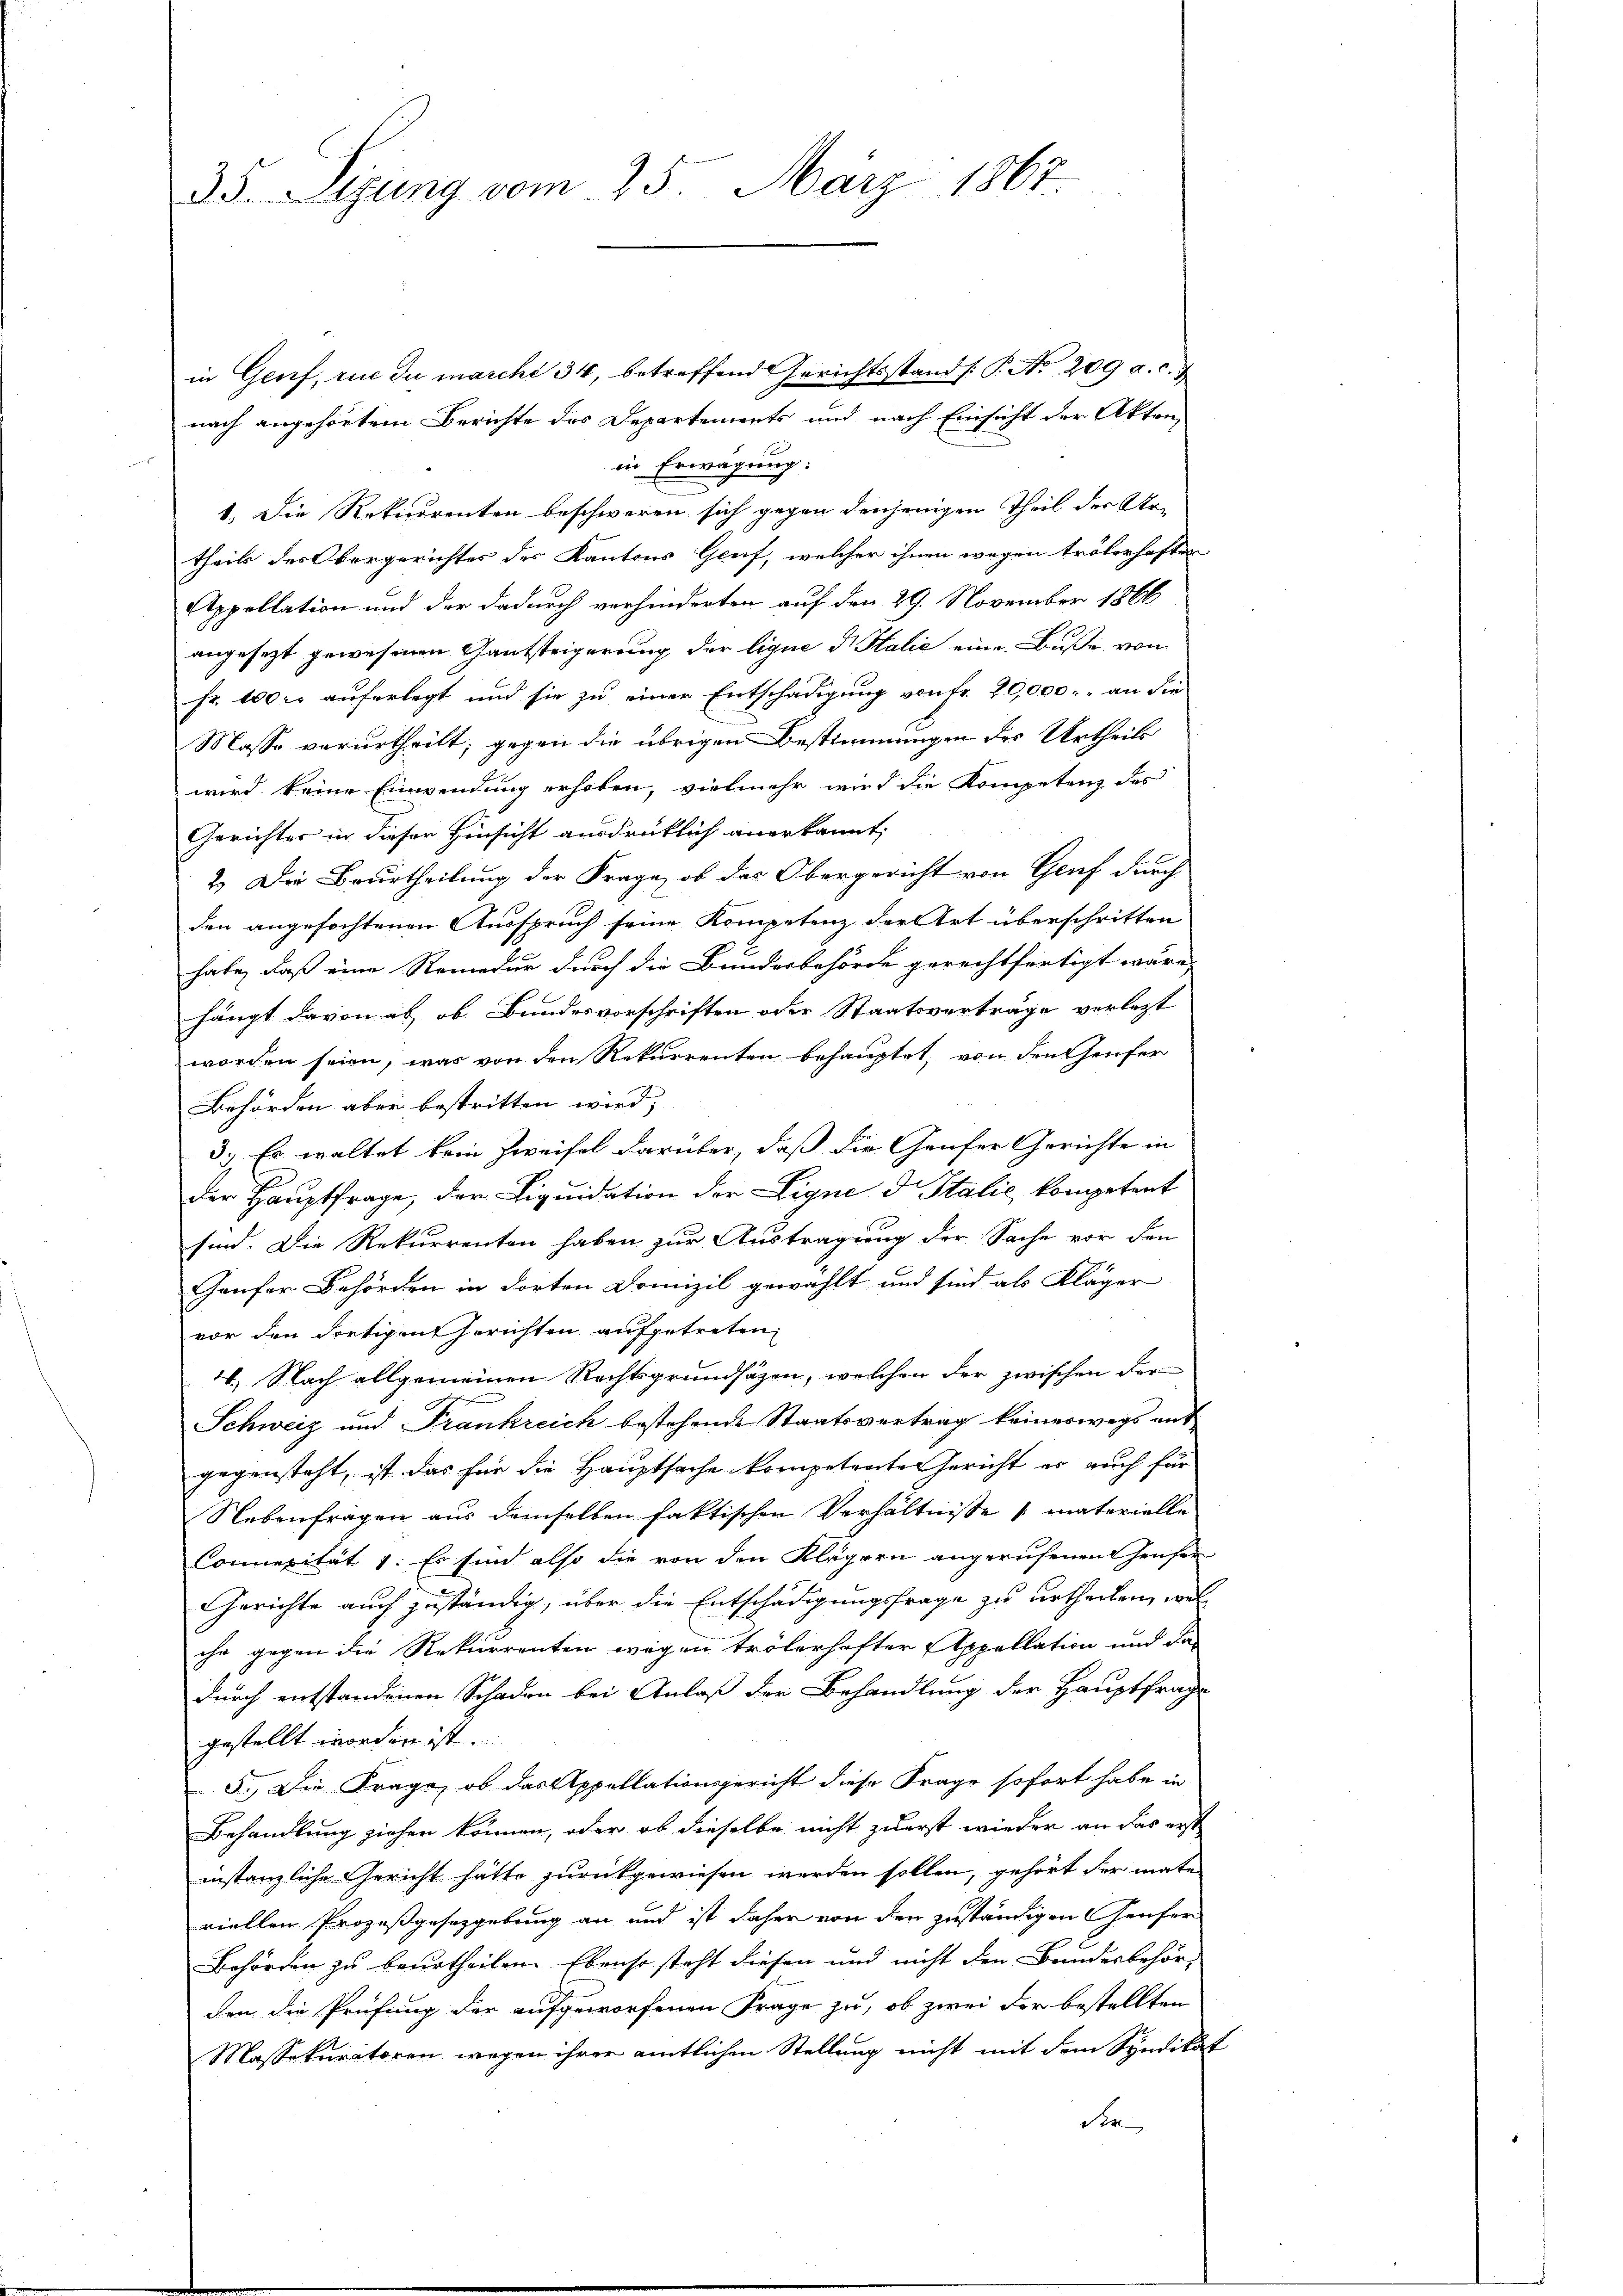
35. Segung vom 25. März 1867

in Genf, rue du marchi 34, betreffend Gerichtsstand /: P. Nr. 209 a. c. de
nach angehörtem Berichte das Departements und nach Einsicht der Akten,
in Erwägung:
1. Die Rekurrenten beschweren sich gegen denjenigen Theil der Artheils des Obergerichtes des Kantons Genf, welcher ihnen wegen trölerhaften
Appellation und der dadurch verhinderten auf den 29. November 1866
angesezt gewesenen Gantsteigerung der ligne Dr. Halić eine Buße von
Fr. 100 r. auferlegt und sie zu einer Entschädigung von Fr. 20,000. an die
Masse verurtheilt; gegen die übrigen Bestimmungen des Urtheils
wird keine Einwendung erhoben, vielmehr wird die Kompetenz des
Gerichter in dieser Hinsicht ausdrüklich anerkannt,
2.) Die Beurtheilung der Frage, ob das Obergericht von Genf durch
den angefochtenen Ausspruch seine Kompetenz der Art überschritten
habe, daß eine Remedur durch die Bundesbehörde gerechtfertigt wäre,
hängt davon ab, ob Bundesvorschriften oder Staatsverträge verlezt
worden seien, was von den Rekurrenten behauptet, von den Genfer
Behörden aber bestritten wird,
3.) Es waltet kein Zweifel darüber, daß die Genfer Gerichte in
der Hauptfrage, der Liquidation der Eigne d Italić kompetent
sind. Die Rekurrenten haben zur Austragung der Sache vor den
Gaufer Behörden in dorten Domizil gewählt und sind als Kläger
vor den dortigen Gerichten aufgetreten,
4. Nach allgemeinen Rechtsgrundsätzen, welchen der zwischen der
Schweiz und Frankreich bestehende Staatsvertrag keineswegs auf
gegensteht, ist das für die Hauptsache kompetente Gericht er auch für
Nebenfragen aus demselben faktischen Verhältnisse materielle
Connerität 1. Es sind also die von den Klägern angerufenen Heuser
Gerichte auch zuständig, über die Entschädigungsfrage zu urtheilen, welche gegen die Rekurrenten wegen trölerhafter Appellation und da-
durch entstandenen Schaden bei Anlaß der Behandlung der Hauptfrage
gestellt worden ist.
5. Die Frage, ob das Appellationsgericht diese Frage sofort habe in
Behandlung ziehen können, oder ob dieselbe nicht zuerst wieder an das erst-
instanzliche Gericht hätte zurückgewiesen werden sollen, gehört der mate
viellen Prozeßgesetzgebung an und ist daher von den zuständigen Genfer
Behörden zu beurtheilen. Ebenso steht diesen und nicht den Bandesbehörden die Prüfung der aufgeworfenen Frage zu, ob zwei der bestellten
Massekuratoren wegen ihrer amtlichen Stellung nicht mit dem Syndikat
der